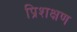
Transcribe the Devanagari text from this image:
प्रिशक्षण